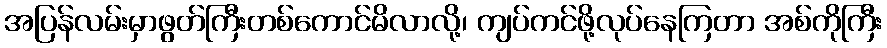
အပြန်လမ်းမှာဖွတ်ကြီးတစ်ကောင်မိလာလို့၊ ကျပ်ကင်ဖို့လုပ်နေကြတာ အစ်ကိုကြီး